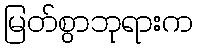
မြတ်စွာဘုရားက